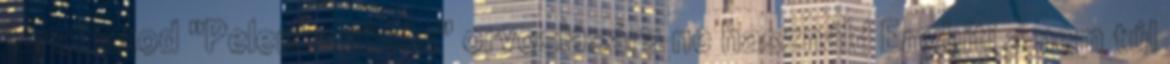
tárolhatod "Pelenkakiütés" orvoslására ne használd Enyhíti a nem túl